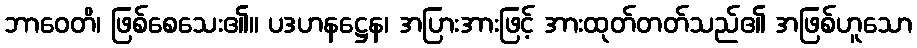
ဘာဝေတိ၊ ဖြစ်စေသေး၏။ ပဒဟနဋ္ဌေန၊ အပြားအားဖြင့် အားထုတ်တတ်သည်၏ အဖြစ်ဟူသော